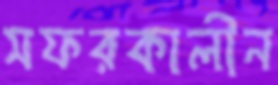
সফরকালীন